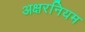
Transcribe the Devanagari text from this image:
अक्षरनियम